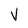
Character: V